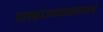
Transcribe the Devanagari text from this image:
साम्राज्यकाळामध्ये